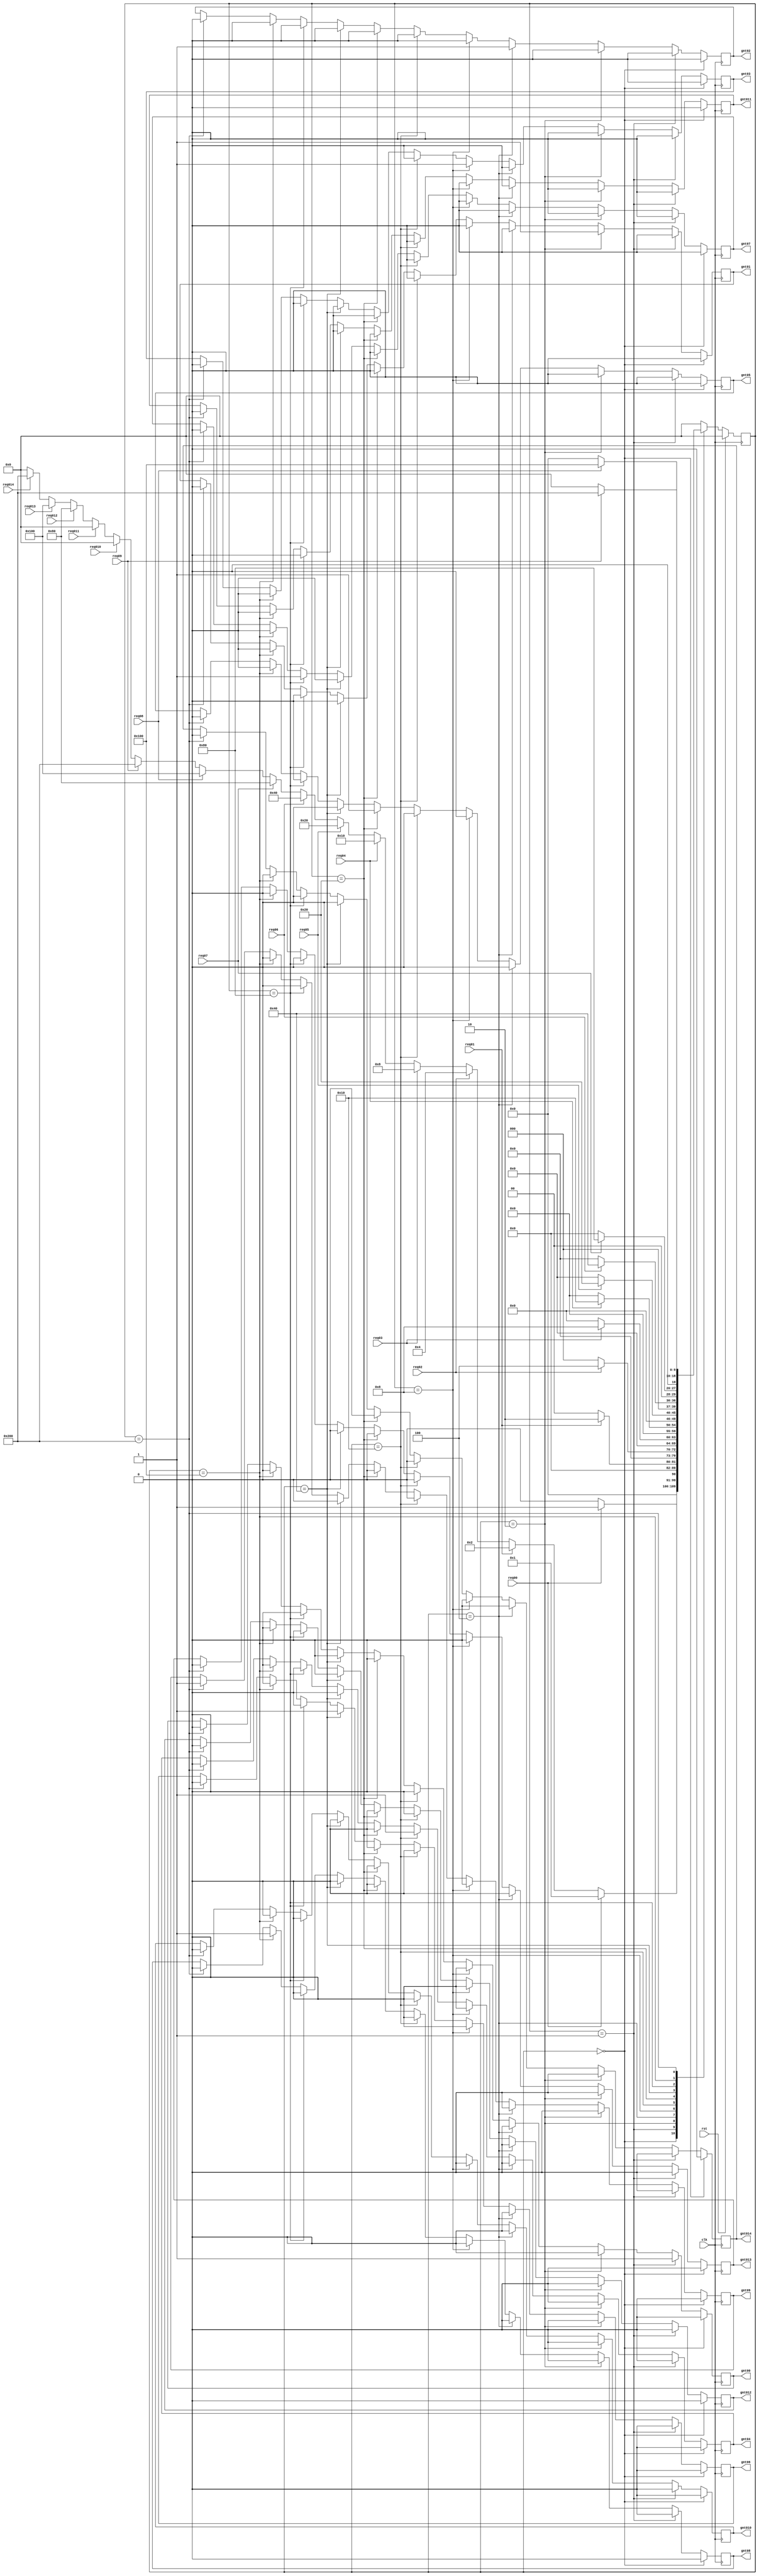
`timescale 1ns / 1ps
//////////////////////////////////////////////////////////////////////////////////
// Company: 
// Engineer: 
// 
// Design Name: 
// Module Name:    arbiter0 
// Project Name: 
// Target Devices: 
// Tool versions: 
// Description: 
//
// Dependencies: 
//
// Revision: 
// Revision 0.01 - File Created
// Additional Comments: 
//
//////////////////////////////////////////////////////////////////////////////////
module arbiter( gnt014, gnt013, gnt012, gnt011, gnt010, gnt09, gnt08, gnt07, gnt06, gnt05, gnt04, gnt03, gnt02, gnt01, gnt00,
req014,req013,req012,req011,req010,req09,req08,req07,req06,req05,req04,req03,req02,req01,req00,clk,rst);

   output reg gnt014, gnt013, gnt012, gnt011, gnt010, gnt09, gnt08, gnt07, gnt06, gnt05, gnt04, gnt03, gnt02, gnt01, gnt00;
   input      req014,req013,req012,req011,req010, req09, req08, req07, req06, req05, req04, req03, req02, req01, req00;
   input      clk,rst;

   parameter idle=15'b000000000000000;
   parameter GNT14=15'b100001000000000;
   parameter GNT13=15'b010000100000000;
   parameter GNT12=15'b001000010000000;
   parameter GNT11=15'b000100000000000;
   parameter GNT10=15'b000010000000000;
   parameter GNT9=15'b000001000000000;
   parameter GNT8=15'b000000100000000;
   parameter GNT7=15'b000000010000000;
   parameter GNT6=15'b000000001000000;
   parameter GNT5=15'b000000000100000;
   parameter GNT4=15'b000000000010000;
   parameter GNT3=15'b000000000001000;
   parameter GNT2=15'b000000000000100;
   parameter GNT1=15'b000000000000010;
   parameter GNT0=15'b000000000000001;
	
	

   reg [9:0]  state,next_state;

   always @ (posedge clk)
     begin
    if(rst)
      state=idle;
    else
      state=next_state;
     end

   always @ (state, req014,req013,req012,req011,req010,req09,req08,req07,req06,req05,req04,req03,req02,req01,req00)
     begin
    next_state=0;

    case (state)

      idle:begin

         if(req00)
           next_state=GNT0;
         else if(req01)
           next_state=GNT1;
         else if(req02)
           next_state=GNT2;
         else if(req03)
           next_state=GNT3;
          else if(req04)
           next_state=GNT4;
         else if(req05)
           next_state=GNT5;
         else if(req06)
           next_state=GNT6;
         else if(req07)
           next_state=GNT7;
         else if(req08)
           next_state=GNT8;
          else if(req09)
           next_state=GNT9;
       else if(req010)
           next_state=GNT10;
       else if(req011)
           next_state=GNT11;
       else if(req012)
           next_state=GNT12;
       else if(req013)
           next_state=GNT13;
          else if(req014)
           next_state=GNT14;
         else
           next_state=idle;
      end // case: idle

      GNT0:begin

         if(req00)
           next_state=GNT0;
         else
           next_state=idle;
      end

      GNT1:begin
         if(req01)
           next_state=GNT1;
         else
           next_state=idle;
      end

      GNT2:begin
         if(req02)
           next_state=GNT2;
         else
           next_state=idle;
      end

      GNT3:begin
         if(req03)
           next_state=GNT3;
         else
           next_state=idle;
      end
		
    GNT4:begin
         if(req04)
           next_state=GNT4;
			    else
           next_state=idle;
      end


   GNT5:begin

         if(req05)
           next_state=GNT5;
         else
           next_state=idle;
      end

   GNT6:begin
         if(req06)
           next_state=GNT6;
         else
           next_state=idle;
      end

  GNT7:begin
         if(req07)
           next_state=GNT7;
         else
           next_state=idle;
      end

  GNT8:begin
         if(req08)
           next_state=GNT8;
         else
           next_state=idle;
      end
		
  GNT9:begin
         if(req09)
           next_state=GNT9;
         else
           next_state=idle;
      end
 GNT10:begin
         if(req010)
           next_state=GNT10;
         else
           next_state=idle;
      end
 GNT11:begin
         if(req011)
           next_state=GNT11;
         else
           next_state=idle;
      end
 GNT12:begin
         if(req012)
           next_state=GNT12;
         else
           next_state=idle;
      end
 GNT13:begin
         if(req013)
           next_state=GNT13;
         else
           next_state=idle;
      end
 GNT14:begin
         if(req014)
           next_state=GNT14;
         else
           next_state=idle;
      end
  endcase // case (state)
     end // always @ (state,req3,req2,req1,req0)

//always @ (state)
always @ (posedge clk)
/*begin
if(rst) begin
gnt04=0;
      gnt03=0;
      gnt02=0;
      gnt01=0;
      gnt00=0;
		end
		else if(clk) */

  begin
     if(state==idle)
       begin
      gnt014=0;
      gnt013=0;
      gnt012=0;
      gnt011=0;
      gnt010=0;
      gnt09=0;
      gnt08=0;
      gnt07=0;
      gnt06=0;
      gnt05=0;
      gnt04=0;
      gnt03=0;
      gnt02=0;
      gnt01=0;
      gnt00=0;
       end
     else if(state==GNT0)
       begin
      gnt014=0;
      gnt013=0;
      gnt012=0;
      gnt011=0;
      gnt010=0;
      gnt09=0;
      gnt08=0;
      gnt07=0;
      gnt06=0;
      gnt05=0;
      gnt04=0;
      gnt03=0;
      gnt02=0;
      gnt01=0;
      gnt00=1;
		$display("value of grant %d", gnt00);
       end
     else if(state==GNT1)
       begin
      gnt014=0;
      gnt013=0;
      gnt012=0;
      gnt011=0;
      gnt010=0;
      gnt09=0;
      gnt08=0;
      gnt07=0;
      gnt06=0;
      gnt05=0;
      gnt04=0;
      gnt03=0;
      gnt02=0;
      gnt01=1;
      gnt00=0;
       end
     else if(state==GNT2)
       begin
      gnt014=0;
      gnt013=0;
      gnt012=0;
      gnt011=0;
      gnt010=0;
      gnt09=0;
      gnt08=0;
      gnt07=0;
      gnt06=0;
      gnt05=0;
      gnt04=0;
      gnt03=0;
      gnt02=1;
      gnt01=0;
      gnt00=0;
       end
     else if(state==GNT3)
       begin
      gnt014=0;
      gnt013=0;
      gnt012=0;
      gnt011=0;
      gnt010=0;
      gnt09=0;
      gnt08=0;
      gnt07=0;
      gnt06=0;
      gnt05=0;
      gnt04=0;
      gnt03=1;
      gnt02=0;
      gnt01=0;
      gnt00=0;
     end
   else if(state==GNT4)
       begin
      gnt014=0;
      gnt013=0;
      gnt012=0;
      gnt011=0;
      gnt010=0;
      gnt09=0;
      gnt08=0;
      gnt07=0;
      gnt06=0;
      gnt05=0;
      gnt04=1;
      gnt03=0;
      gnt02=0;
      gnt01=0;
      gnt00=0;
     end
      else if(state==GNT5)
       begin
      gnt014=0;
      gnt013=0;
      gnt012=0;
      gnt011=0;
      gnt010=0;
      gnt09=0;
      gnt08=0;
      gnt07=0;
      gnt06=0;
      gnt05=1;
      gnt04=0;
      gnt03=0;
      gnt02=0;
      gnt01=0;
      gnt00=0;
     $display("value of grant %d", gnt00);
       end
     else if(state==GNT6)
       begin
      gnt014=0;
      gnt013=0;
      gnt012=0;
      gnt011=0;
      gnt010=0;
      gnt09=0;
      gnt08=0;
      gnt07=0;
      gnt06=1;
      gnt05=0;
      gnt04=0;
      gnt03=0;
      gnt02=0;
      gnt01=0;
      gnt00=0;
       end
     else if(state==GNT7)
       begin
      gnt014=0;
      gnt013=0;
      gnt012=0;
      gnt011=0;
      gnt010=0;
      gnt09=0;
      gnt08=0;
      gnt07=1;
      gnt06=0;
      gnt05=0;
      gnt04=0;
      gnt03=0;
      gnt02=0;
      gnt01=0;
      gnt00=0;
       end
     else if(state==GNT8)
       begin
      gnt014=0;
      gnt013=0;
      gnt012=0;
      gnt011=0;
      gnt010=0;
      gnt09=0;
      gnt08=1;
      gnt07=0;
      gnt06=0;
      gnt05=0;
      gnt04=0;
      gnt03=0;
      gnt02=0;
      gnt01=0;
      gnt00=0;
     end
  else if(state==GNT9)
       begin
      gnt014=0;
      gnt013=0;
      gnt012=0;
      gnt011=0;
      gnt010=0;
      gnt09=1;
      gnt08=0;
      gnt07=0;
      gnt06=0;
      gnt05=0;
      gnt04=0;
      gnt03=0;
      gnt02=0;
      gnt01=0;
      gnt00=0;
     end
else if(state==GNT10)
       begin
      gnt014=0;
      gnt013=0;
      gnt012=0;
      gnt011=0;
      gnt010=1;
      gnt09=0;
      gnt08=0;
      gnt07=0;
      gnt06=0;
      gnt05=0;
      gnt04=0;
      gnt03=0;
      gnt02=0;
      gnt01=0;
      gnt00=0;
     end
else if(state==GNT11)
       begin
      gnt014=0;
      gnt013=0;
      gnt012=0;
      gnt011=1;
      gnt010=0;
      gnt09=0;
      gnt08=0;
      gnt07=0;
      gnt06=0;
      gnt05=0;
      gnt04=0;
      gnt03=0;
      gnt02=0;
      gnt01=0;
      gnt00=0;
     end
else if(state==GNT12)
       begin
      gnt014=0;
      gnt013=0;
      gnt012=1;
      gnt011=0;
      gnt010=0;
      gnt09=0;
      gnt08=0;
      gnt07=0;
      gnt06=0;
      gnt05=0;
      gnt04=0;
      gnt03=0;
      gnt02=0;
      gnt01=0;
      gnt00=0;
     end
else if(state==GNT13)
       begin
      gnt014=0;
      gnt013=1;
      gnt012=0;
      gnt011=0;
      gnt010=0;
      gnt09=0;
      gnt08=0;
      gnt07=0;
      gnt06=0;
      gnt05=0;
      gnt04=0;
      gnt03=0;
      gnt02=0;
      gnt01=0;
      gnt00=0;
     end
else if(state==GNT14)
       begin
      gnt014=1;
      gnt013=0;
      gnt012=0;
      gnt011=0;
      gnt010=0;
      gnt09=0;
      gnt08=0;
      gnt07=0;
      gnt06=0;
      gnt05=0;
      gnt04=0;
      gnt03=0;
      gnt02=0;
      gnt01=0;
      gnt00=0;
     end
	  
  end // always @ (state)
//end


endmodule